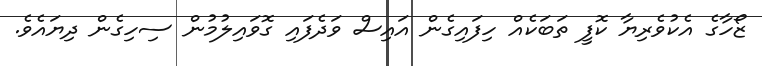
ޒޯހާގެ އެކުވެރިޔާ ކޮފީ ތަބަކެއް ހިފައިގެން އައިސް ވަދެފައި ގޮވައިލުމުން ސިހިގެން ދިޔައެވެ.